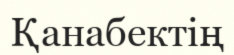
Қанабектің